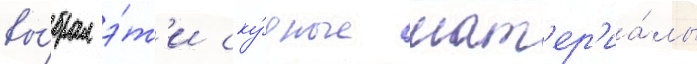
вы́брал э́т'и ску́дные мат'ер'иа́лы